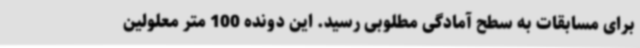
برای مسابقات به سطح آمادگی مطلوبی رسید. این دونده 100 متر معلولین